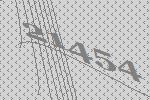
21454